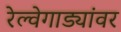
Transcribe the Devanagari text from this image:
रेल्वेगाड्यांवर